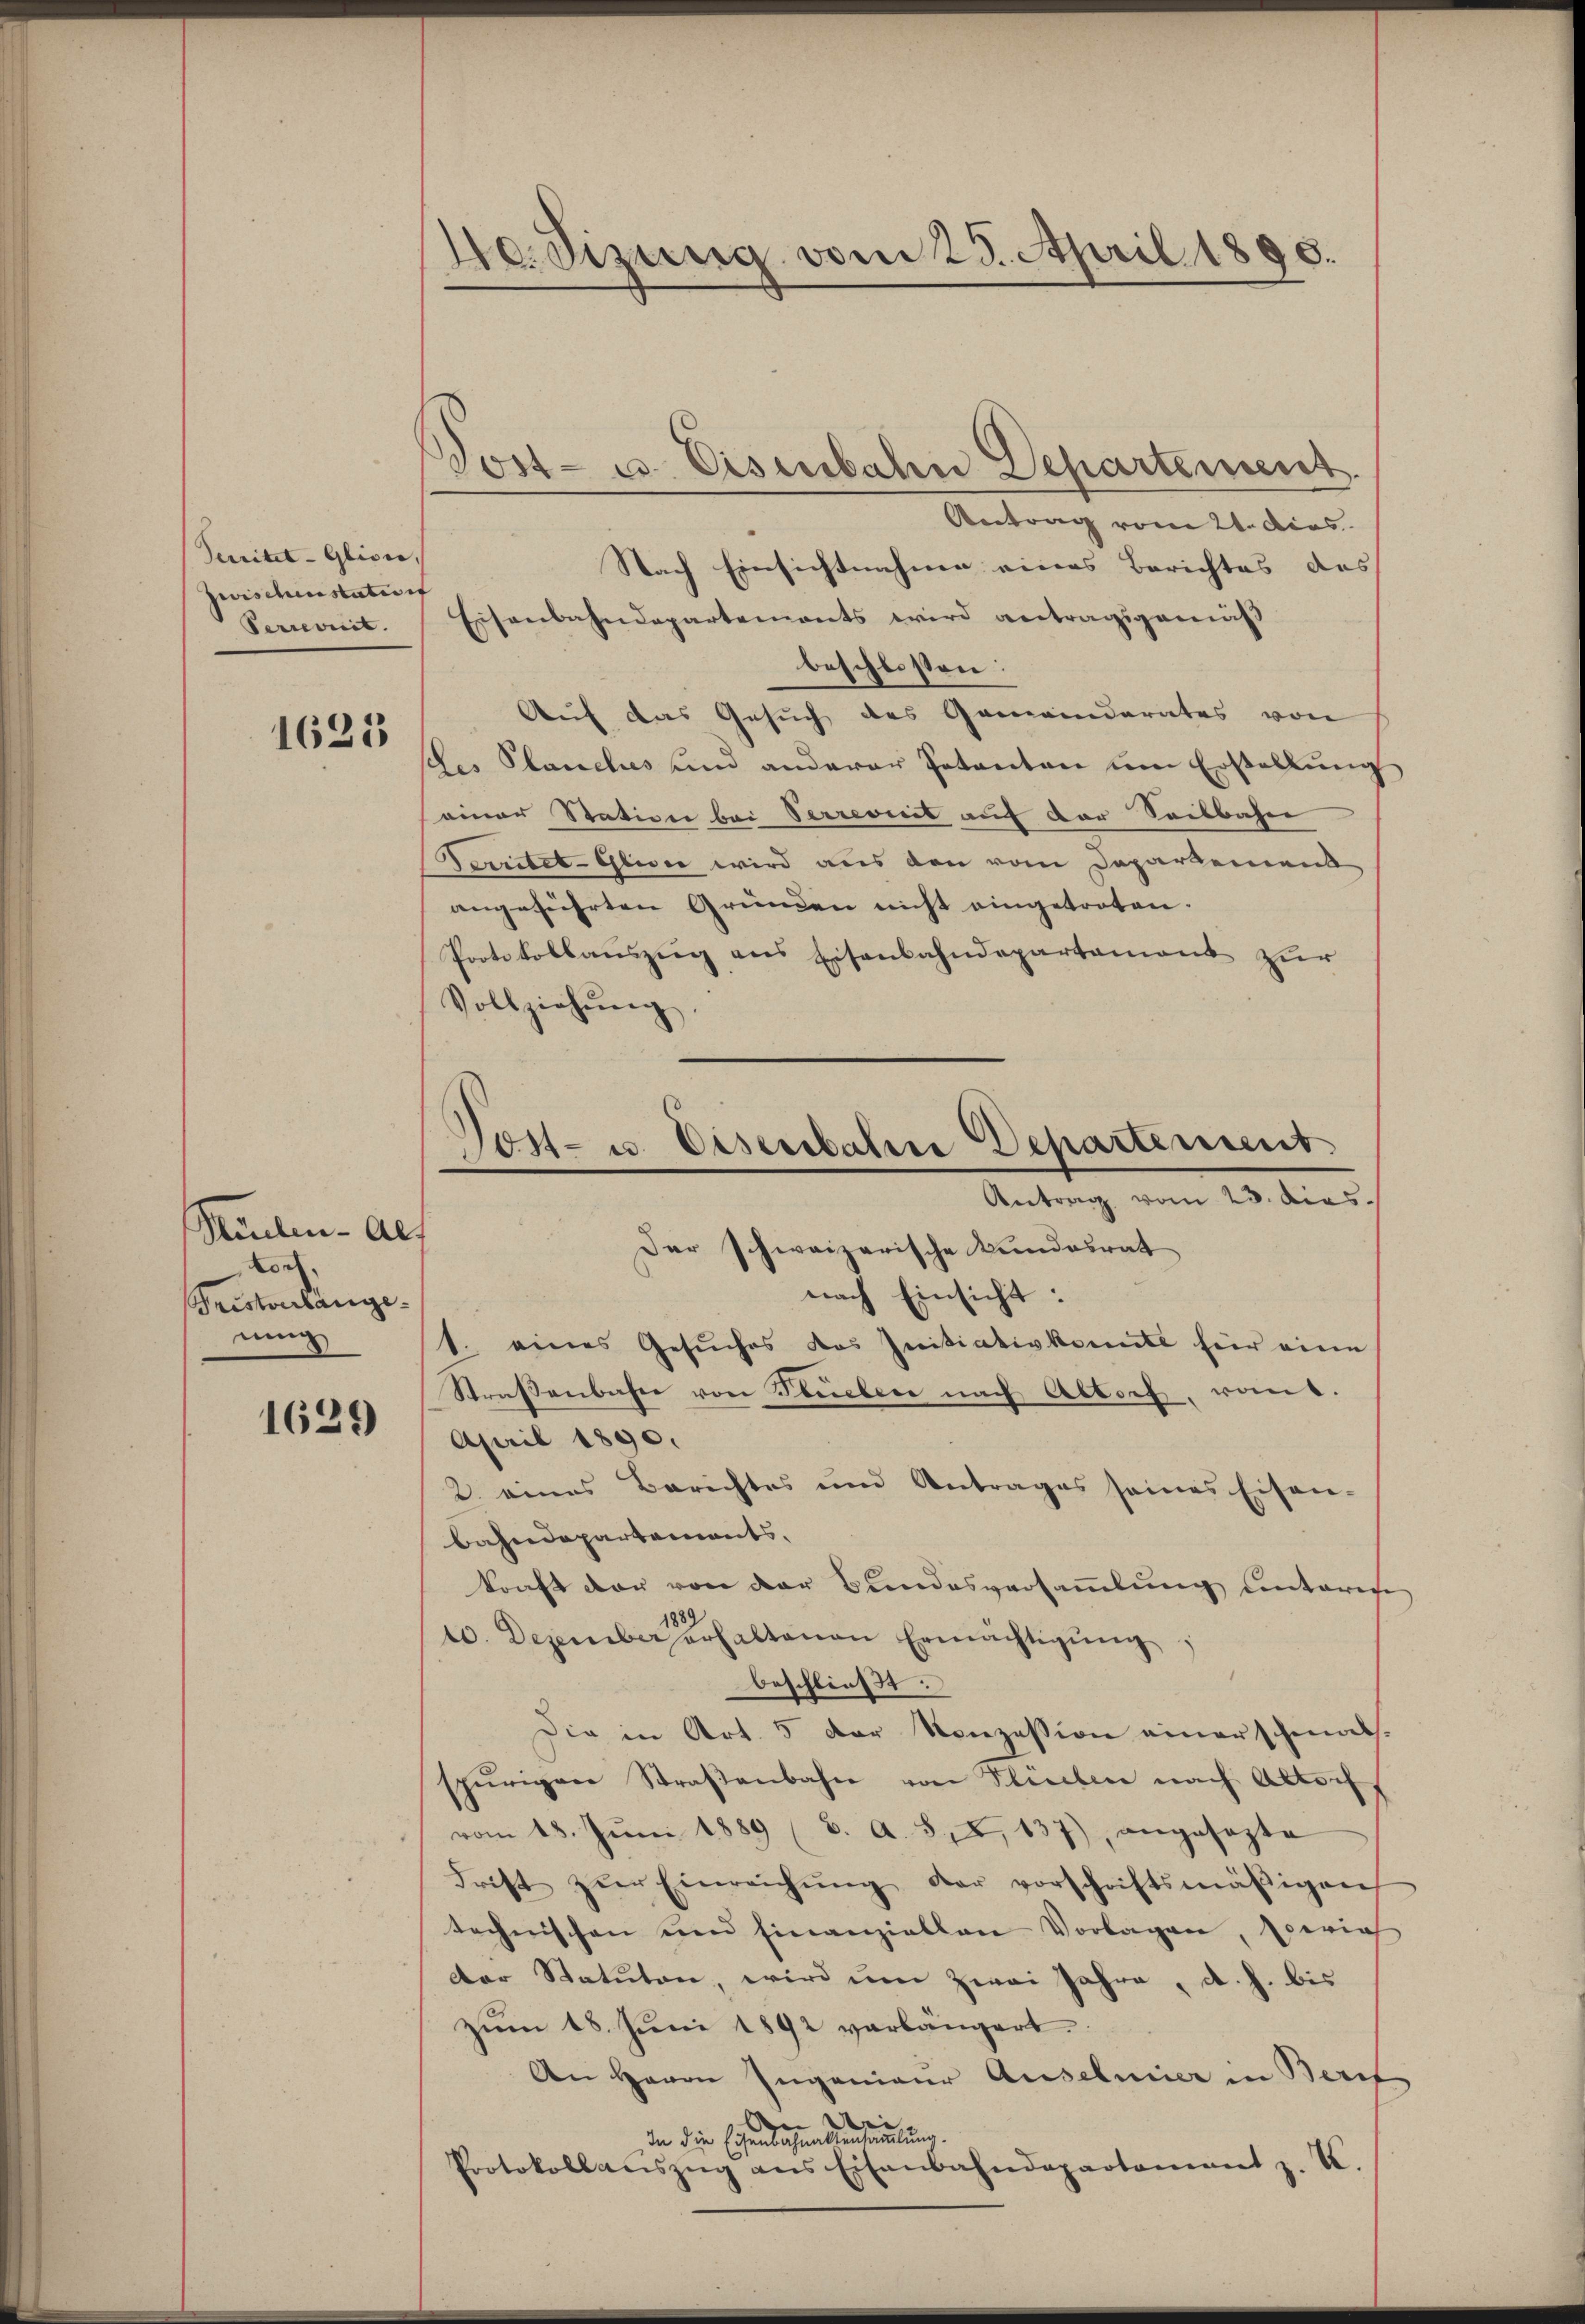
Penitet-Glisie, |
zwischenstatirt
Verrevit.

1625

Keulen - Als
och.
Tristverlange-
uung

1629

40. Sizung vom 25. April 1895.

Tost- u. Eisenbahn Departement.

Post- u. Eisenbahne Departement.
Antrag vom 23. dies
Der schweizerische Bundesrat

Antrag vom 21. dies
Nach Einsichtnahme eines Berichtes des
Eisenbahndepartements wird antragsgemäß
beschlossen:
Auf das Gesuch des Gemeinderates von
les Planels und anderer Petenten um Erstellung
einer Station bei Verrenit auf der Seilbahne
Fenstet-Glide wird aus den vom Departement
angeführten Gründen nicht eingetroten.
Protokollauszug aus Eisenbahndepartement zur
Vollziehŭng.
nach Einsicht:
1. eines Gesŭches das Initiativkomite für eine
Straßenbahn von Stueber nach Altorf, von.
April 1890.
2. eines Berichtes und Antrages seines Eisen-
bahndepartements,
kraft der von der Bundesversammlung unteren
18
10. Dezember erhaltenen Ermächtigŭng:
beschließt:
Die in Art. 5 der Konzession einer schmals.
spurigen Straβenbahn von Stücken nach Altorf
vom 18. Jŭni 1889 (2. A. 814, 137), angesezte
Frist zŭr Einreichŭng der vorschriftsmäβigen
technischen und finanziellen Vorlagen, Zürich
der Statuten, wird ŭm zwei Jahre, d. h. bis
zŭm 18. Juni 1892 verlängert.
An Herrn Ingenieur Auselnier in Beri
An Dei- |
In die Eisenbahnaktensammlung.
Protokollaŭszŭg ans Eisenbahndepartament z. R.